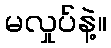
မလှုပ်နဲ့။